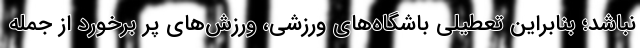
نباشد؛ بنابراین تعطیلی باشگاه‌های ورزشی، ورزش‌های پر برخورد از جمله